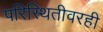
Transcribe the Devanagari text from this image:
परिस्थितीवरही